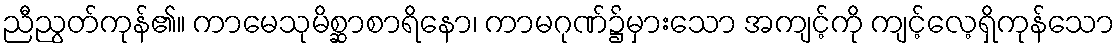
ညီညွတ်ကုန်၏။ ကာမေသုမိစ္ဆာစာရိနော၊ ကာမဂုဏ်၌မှားသော အကျင့်ကို ကျင့်လေ့ရှိကုန်သော